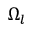
\Omega _ { l }